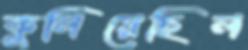
কুলিয়েছিল